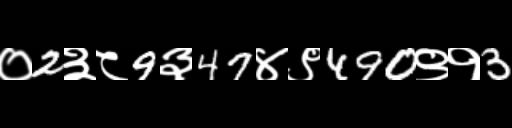
Text: ०2३८9३47४९490९१3